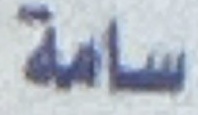
سامة